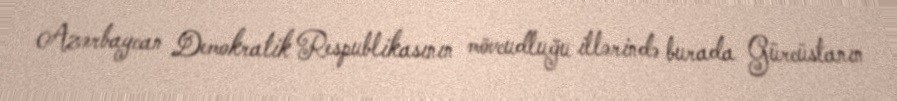
Azərbaycan Demokratik Respublikasının mövcudluğu illərində burada Gürcüstanın